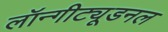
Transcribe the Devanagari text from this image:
लॉन्गीट्यूडनल